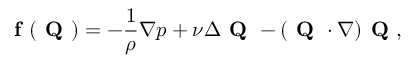
{ \textbf { f } ( \textbf { Q } ) } = - \frac { 1 } { \rho } \nabla p + \nu \Delta \textbf { Q } - ( \textbf { Q } \cdot \nabla ) \textbf { Q } ,